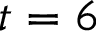
t = 6